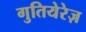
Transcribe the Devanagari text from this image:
गुतियेरेज़